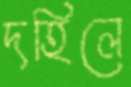
দহিলে